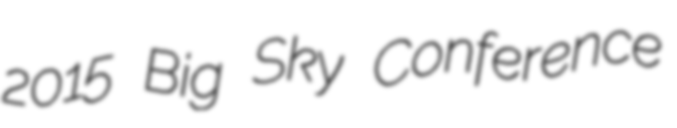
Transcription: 2015 Big Sky Conference